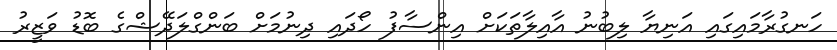
ހަނގުރާމައިގައި އަނިޔާ ލިބުނު އާއިލާތަކަށް އިންސާފު ހޯދައި ދިނުމަށް ބަންގްލަދޭޝްގެ ބޮޑު ވަޒީރު